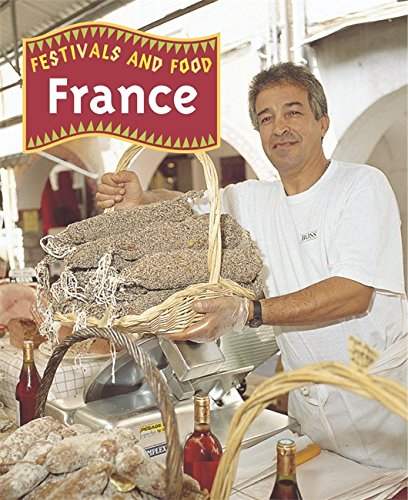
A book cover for France; Teresa Fisher; Children's Books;